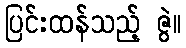
ပြင်းထန်သည့် ဇွဲ။